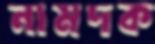
নামদক